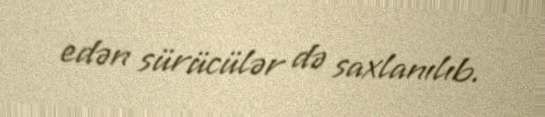
edən sürücülər də saxlanılıb.